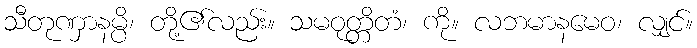
သီတုဏှာနမ္ပိ၊ တို့၏လည်း။ သမဝုတ္တိတံ၊ ကို။ လဘမာနမေဝ၊ လျှင်။